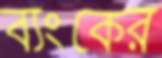
ব্যংকের